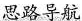
思路导航